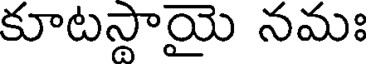
కూటస్థాయై నమః